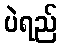
ပဲရည်